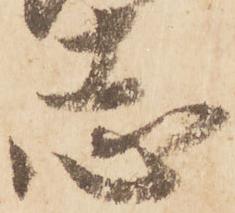
志